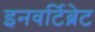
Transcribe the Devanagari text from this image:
इनवर्टिब्रेट